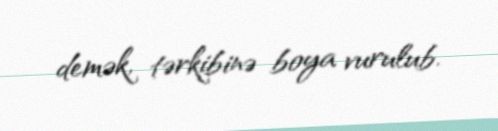
demək, tərkibinə boya vurulub.